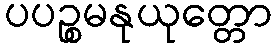
ပပဉ္စမနုယုတ္တော